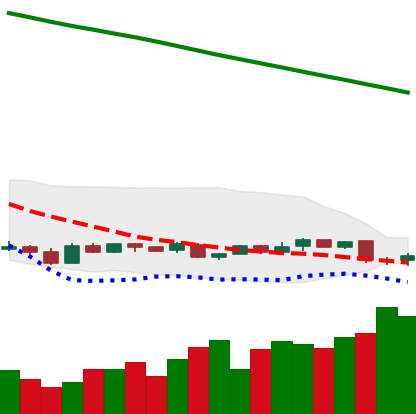
Ticker: XMR-USD
Chart end date: 2019-01-30
Forward return: -3.316%
Label: down_3_5